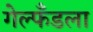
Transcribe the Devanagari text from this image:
गेल्फँडला